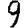
Digit: 9